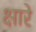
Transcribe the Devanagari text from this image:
क्षारे